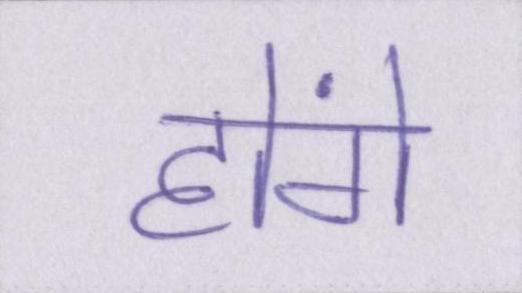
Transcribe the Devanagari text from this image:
होंगे